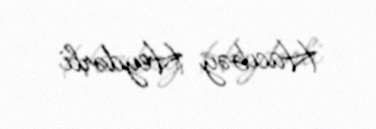
Hacıbəy Heydərli